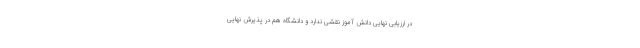
در ارزیابی نهایی دانش آموز نقشی ندارد و دانشگاه هم در پذیرش نهایی